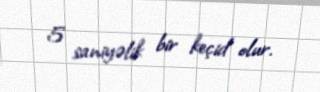
5 saniyəlik bir keçid olur.